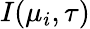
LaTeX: I(\mu_{i},\tau)